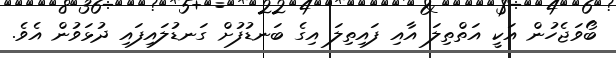
ބޯވަޖެހުން އަކީ އަތްތިލަ އާއި ފައިތިލަ އިގެ ބަނޑުފުށް ގަނޑުލައިފައި ދުޅަވުން އެވެ.